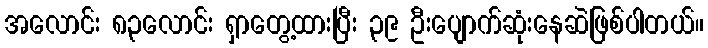
အလောင်း ၈၃လောင်း ရှာတွေ့ထားပြီး ၃၉ ဦးပျောက်ဆုံးနေဆဲဖြစ်ပါတယ်။